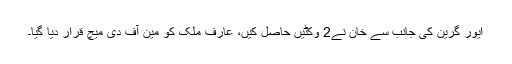
ایور گرین کی جانب سے خان نے2 وکٹیں حاصل کیں، عارف ملک کو مین آف دی میچ قرار دیا گیا۔